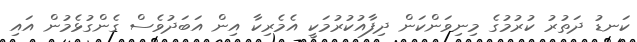
ކަނޑު ދަތުރު ކުރުމުގެ މިނިވަންކަން ދިފާއުކުރުމަކީ އެމެރިކާ އިން އަބަދުވެސް ގެންގުޅެމުން އައި